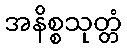
အနိစ္စသုတ္တံ